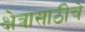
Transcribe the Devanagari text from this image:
क्षेत्रासाठीचे